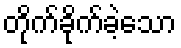
တိုက်ခိုက်ခဲ့သော